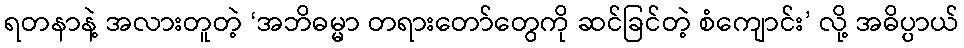
ရတနာနဲ့ အလားတူတဲ့ ‘အဘိဓမ္မာ တရားတော်တွေကို ဆင်ခြင်တဲ့ စံကျောင်း’ လို့ အဓိပ္ပာယ်